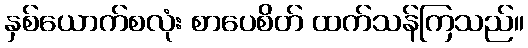
နှစ်ယောက်စလုံး စာပေစိတ် ထက်သန်ကြသည်။